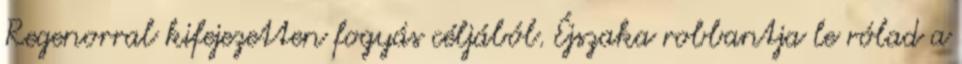
Regenorral kifejezetten fogyás céljából. Éjszaka robbantja le rólad a